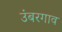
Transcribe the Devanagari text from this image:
उंबरगाव